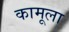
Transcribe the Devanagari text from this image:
कामूला